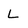
Character: L